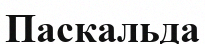
Паскальда